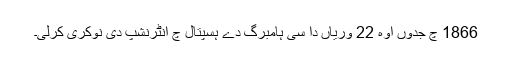
1866 چ جدوں اوہ 22 وریاں دا سی ہامبرگ دے ہسپتال چ انٹرنشپ دی نوکری کرلی۔